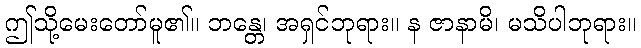
ဤသို့မေးတော်မူ၏။ ဘန္တေ၊ အရှင်ဘုရား။ န ဇာနာမိ၊ မသိပါဘုရား။